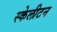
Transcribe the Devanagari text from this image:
स्केलीटन